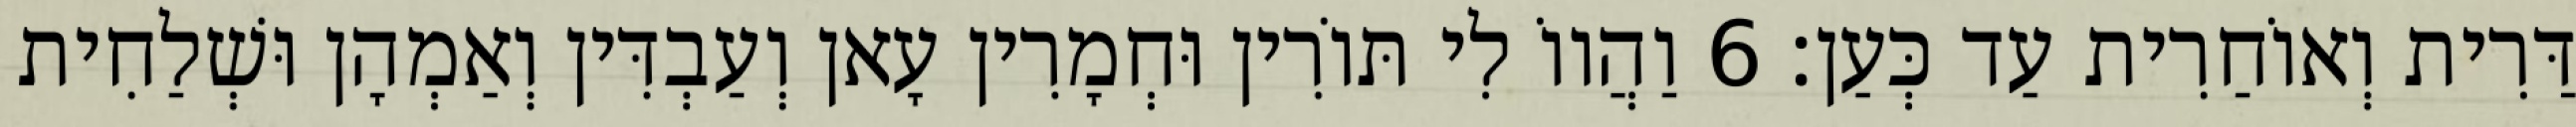
דַּרִית וְאוֹחַרִית עַד כְּעַן׃ 6 וַהֲווֹ לִי תּוֹרִין וּחְמָרִין עָאן וְעַבְדִּין וְאַמְהָן וּשְׁלַחִית